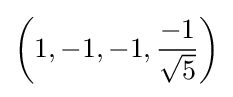
\left(1,-1,-1,{\frac {-1}{\sqrt {5}}}\right)